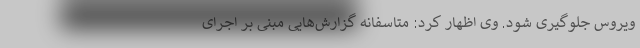
ویروس جلوگیری شود. وی اظهار کرد: متاسفانه گزارش‌هایی مبنی بر اجرای